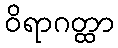
ဝိရာဂတ္ထာ